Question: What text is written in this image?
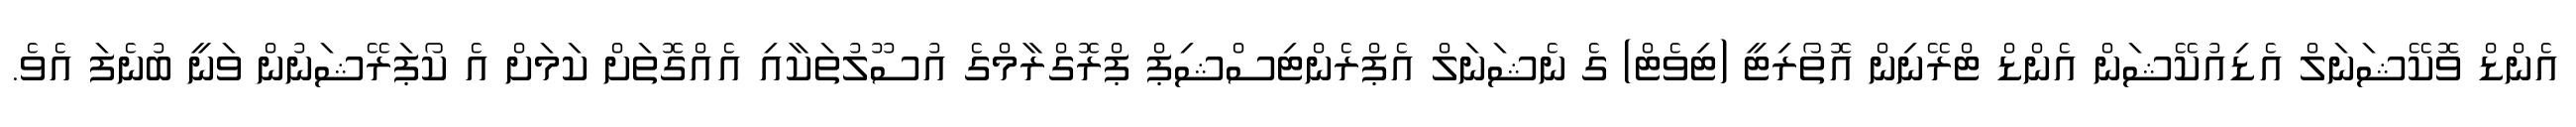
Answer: އެންޑް ވޮކޭޝަނަލް އެޑިއުކޭޝަން އެންޑް ޓްރޭނިން އޮތޯރިޓީ (ޓިވެޓް) ގެ ނެޝަނަލް އެޕްރެންޓިސްޝިޕް ޕްރޮގްރާމްގެ އުސޫލުތަކާއި އެއްގޮތަށް ކަމަށް އެ ކޯޕަރޭޝަނުން ވަނީ ބުނެފަ އެވެ.